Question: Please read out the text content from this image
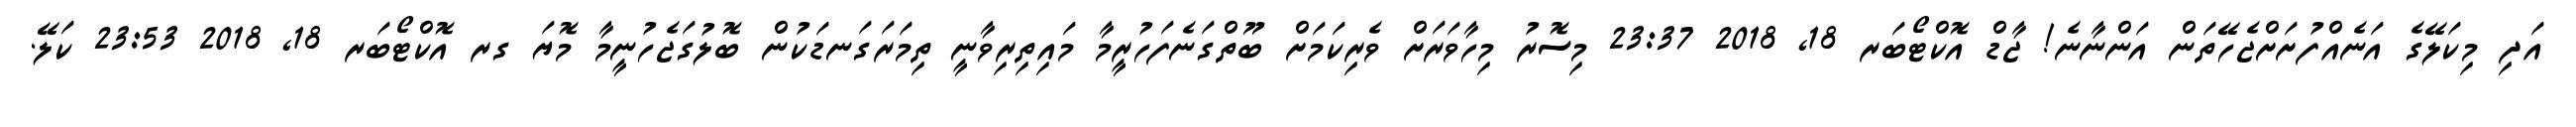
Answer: އަދި މިކަލޭގެ އަނެއްފުށަށްޖެހޭތަން އަންނާނެ! ޖާޑް އޮކްޓޯބަރ 18, 2018 23:37 މިސޮރު މިހާވަރަށް ވެރިކަމަށް ބޫތްގަނެފަހުރީމާ މައިތިރިވާނީ ތިމަރަގަނޑަކުން ބޮލުގަޖެހުނީމާ މޮޔަ ގރ އޮކްޓޯބަރ 18, 2018 23:53 ކަލޭ.